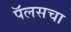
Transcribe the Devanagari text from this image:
पॅलसचा